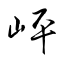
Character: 岼